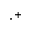
\cdot ^ { + }